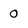
Character: 0